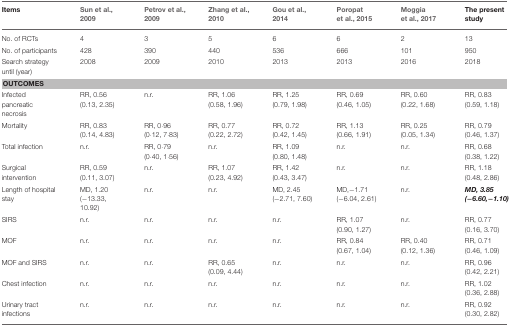
<table><thead><tr><td><b>Items</b></td><td><b>Sun et al., 2009</b></td><td><b>Petrov et al., 2009</b></td><td><b>Zhang et al., 2010</b></td><td><b>Gou et al., 2014</b></td><td><b>Poropat et al., 2015</b></td><td><b>Moggia et al., 2017</b></td><td><b>The present study</b></td></tr></thead><tbody><tr><td>No. of RCTs</td><td>4</td><td>3</td><td>5</td><td>6</td><td>6</td><td>2</td><td>13</td></tr><tr><td>No. of participants</td><td>428</td><td>390</td><td>440</td><td>536</td><td>666</td><td>101</td><td>950</td></tr><tr><td>Search strategy until (year)</td><td>2008</td><td>2009</td><td>2010</td><td>2013</td><td>2013</td><td>2016</td><td>2018</td></tr><tr><td colspan="8"><b>OUTCOMES</b></td></tr><tr><td>Infected pancreatic necrosis</td><td>RR, 0.56 (0.13, 2.35)</td><td>n.r.</td><td>RR, 1.06 (0.58, 1.96)</td><td>RR, 1.25 (0.79, 1.98)</td><td>RR, 0.69 (0.46, 1.05)</td><td>RR, 0.60 (0.22, 1.68)</td><td>RR, 0.83 (0.59, 1.18)</td></tr><tr><td>Mortality</td><td>RR, 0.83 (0.14, 4.83)</td><td>RR, 0·96 (0·12, 7·83)</td><td>RR, 0.77 (0.22, 2.72)</td><td>RR, 0.72 (0.42, 1.45)</td><td>RR, 1.13 (0.66, 1.91)</td><td>RR, 0.25 (0.05, 1.34)</td><td>RR, 0.79 (0.46, 1.37)</td></tr><tr><td>Total infection</td><td>n.r.</td><td>RR, 0·79 (0·40, 1·56)</td><td>n.r.</td><td>RR, 1.09 (0.80, 1.48)</td><td>n.r.</td><td>n.r.</td><td>RR, 0.68 (0.38, 1.22)</td></tr><tr><td>Surgical intervention</td><td>RR, 0.59 (0.11, 3.07)</td><td>n.r.</td><td>RR, 1.07 (0.23, 4.92)</td><td>RR, 1.42 (0.43, 3.47)</td><td>n.r.</td><td>n.r.</td><td>RR, 1.18 (0.48, 2.86)</td></tr><tr><td>Length of hospital stay</td><td>MD, 1.20 (−13.33, 10.92)</td><td>n.r.</td><td>n.r.</td><td>MD, 2.45 (−2.71, 7.60)</td><td>MD,−1.71 (−6.04, 2.61)</td><td>n.r.</td><td><i><b>MD, 3.85 (</b>−<b>6.60</b>,−<b>1.10)</b></i></td></tr><tr><td>SIRS</td><td>n.r.</td><td>n.r.</td><td>n.r.</td><td>n.r.</td><td>RR, 1.07 (0.90, 1.27)</td><td>n.r.</td><td>RR, 0.77 (0.16, 3.70)</td></tr><tr><td>MOF</td><td>n.r.</td><td>n.r.</td><td>n.r.</td><td>n.r.</td><td>RR, 0.84 (0.67, 1.04)</td><td>RR, 0.40 (0.12, 1.36)</td><td>RR, 0.71 (0.46, 1.09)</td></tr><tr><td>MOF and SIRS</td><td>n.r.</td><td>n.r.</td><td>RR, 0.65 (0.09, 4.44)</td><td>n.r.</td><td>n.r.</td><td>n.r.</td><td>RR, 0.96 (0.42, 2.21)</td></tr><tr><td>Chest infection</td><td>n.r.</td><td>n.r.</td><td>n.r.</td><td>n.r.</td><td>n.r.</td><td>n.r.</td><td>RR, 1.02 (0.36, 2.88)</td></tr><tr><td>Urinary tract infections</td><td>n.r.</td><td>n.r.</td><td>n.r.</td><td>n.r.</td><td>n.r.</td><td>n.r.</td><td>RR, 0.92 (0.30, 2.82)</td></tr></tbody></table>